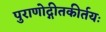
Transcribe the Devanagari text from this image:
पुराणोद्गीतकीर्तयः